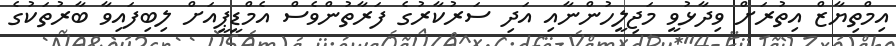
އިމްތިޔާޒް އިތުރަށް ވިދާޅުވީ މަޖިލީހުންނާއި އަދި ސަރުކާރުގެ ފަރާތުންވެސް އެމްޑީޕީއަށް ލިބިފައިވާ ބާރުތަކުގެ